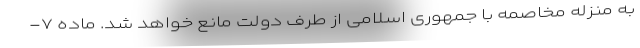
به منزله مخاصمه با جمهوری اسلامی از طرف دولت مانع خواهد شد. ماده ۷-